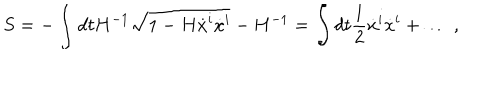
S = - \int d t H ^ { - 1 } \sqrt { 1 - H \dot { x } ^ { i } \dot { x } ^ { i } } - H ^ { - 1 } = \int d t { \frac { 1 } { 2 } } \dot { x } ^ { i } \dot { x } ^ { i } + \ldots \ ,